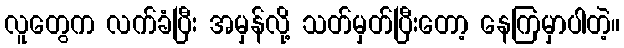
လူတွေက လက်ခံပြီး အမှန်လို့ သတ်မှတ်ပြီးတော့ နေကြမှာပါတဲ့။